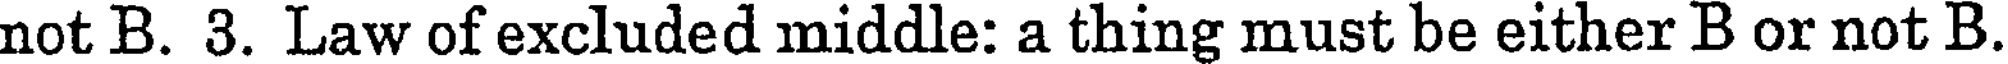
not B. 3. Law of excluded middle: a thing must be either B or not B.